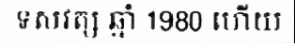
ទសវត្ស ឆ្នាំ 1980 ហើយ